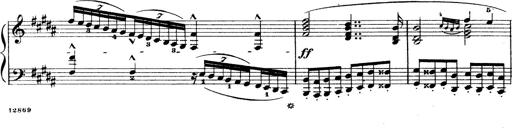
Title: Wagner-Liszt Album
Composer: Franz Liszt